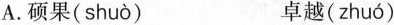
A.硕果( shuò ) 卓越( zhuó )